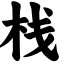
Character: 栈